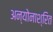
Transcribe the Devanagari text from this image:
अन्योनाश्रित